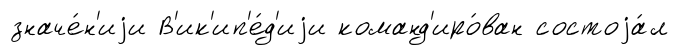
значе́н'иjи В'ик'ип'е́д'иjи команд'иро́ван состоjа́л